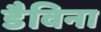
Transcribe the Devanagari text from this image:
डैविना